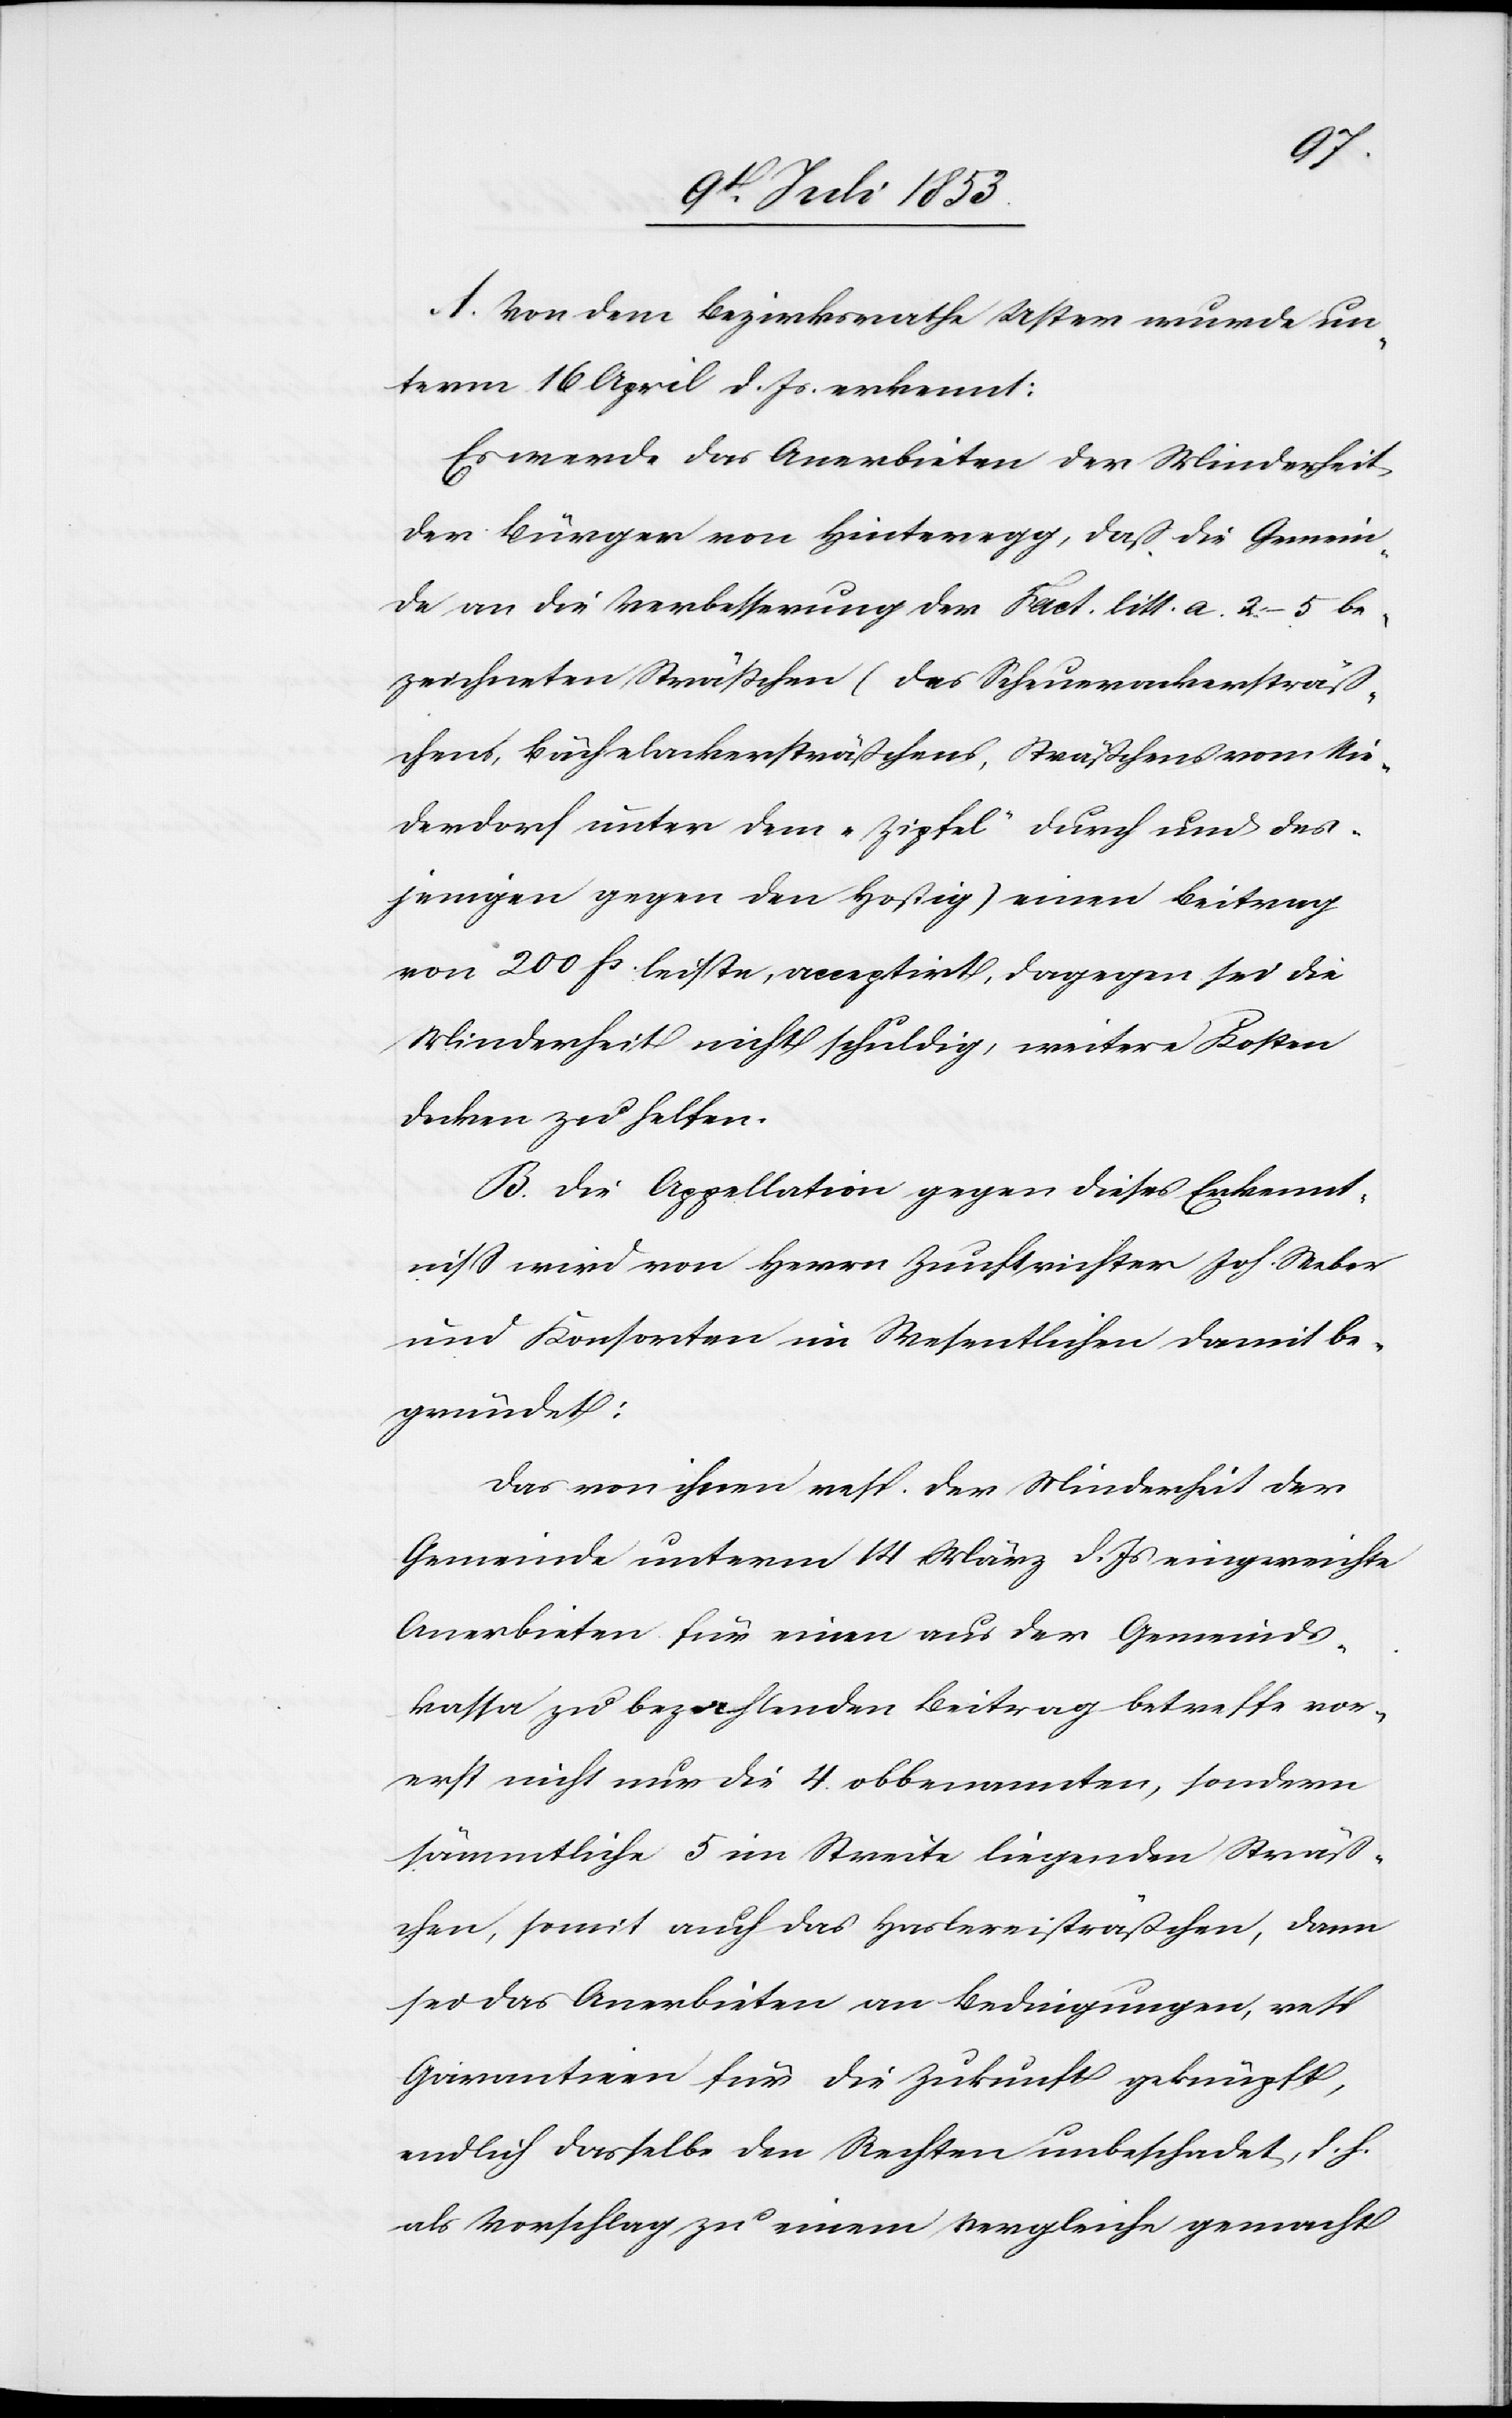
A. Von dem Bezirksrathe Uster wurde un¬
term 16 April d. Js. erkennt:
Es werde das Anerbieten der Minderheit
der Bürger von Hinteregg, daß die Gemein¬
de an die Verbesserung der Fact. litt. a. 2–5 be¬
zeichneten Sträßchen (des Scheuerackersträß¬
chens, Bächelackersträßchens, Sträßchens vom Nie¬
derdorf unter dem „Zipfel“ durch und des¬
jenigen gegen den Hostig) einen Beitrag
von 200 fs. leiste, acceptirt, dagegen sei die
Minderheit nicht schuldig, weitere Kosten
decken zu helfen.
B. Die Appellation gegen dieses Erkennt¬
niß wird von Herrn Zunftrichter Joh. Weber
und Konsorten im Wesentlichen damit be¬
gründet:
Das von ihnen resp. der Minderheit der
Gemeinde unterm 14 März d. Js. eingereichte
Anerbieten für einen aus der Gemeinds¬
kassa zu bezahlenden Beitrag betreffe vor¬
erst nicht nur die 4 obbenannten, sondern
sämmtliche 5 im Streite liegenden Sträß¬
chen, somit auch das Haslereisträßchen, dann
sei das Anerbieten an Bedingungen, resp.
Garantien für die Zukunft geknüpft,
endlich dasselbe den Rechten unbeschadet, d. h.
als Vorschlag zu einem Vergleiche gemacht